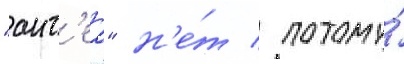
"ант'еа" н'е́т / потому́